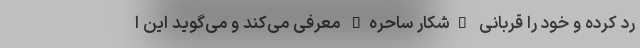
رد کرده و خود را قربانی "شکار ساحره" معرفی می‌کند و می‌گوید این ا